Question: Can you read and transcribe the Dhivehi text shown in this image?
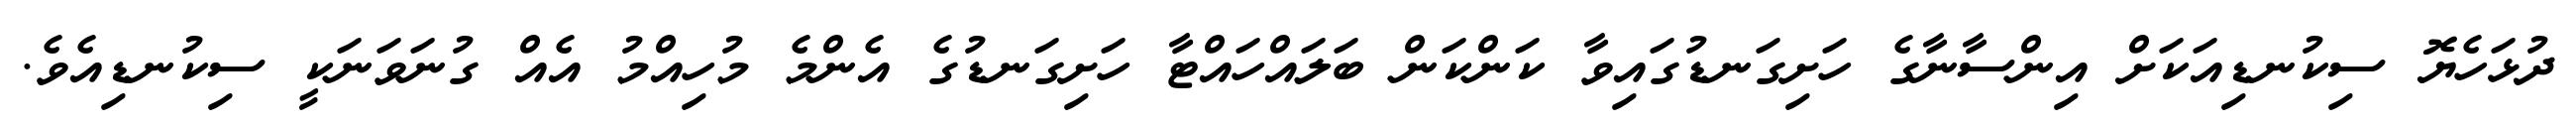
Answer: ދުޅަހެޔޮ ސިކުނޑިއަކަށް އިންސާނާގެ ހަށިގަނޑުގައިވާ ކަންކަން ބަލައްހައްޓާ ހަށިގަނޑުގެ އެންމެ މުހިއްމު އެއް ގުނަވަނަކީ ސިކުނޑިއެވެ.